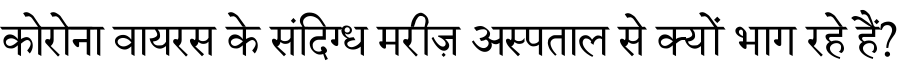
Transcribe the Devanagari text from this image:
कोरोना वायरस के संदिग्ध मरीज़ अस्पताल से क्यों भाग रहे हैं?